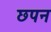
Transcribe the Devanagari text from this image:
छपन